Annual report on the mental hospital in the Central Provinces and Berar (Nagpur) - 1927-1951
Year: 1927
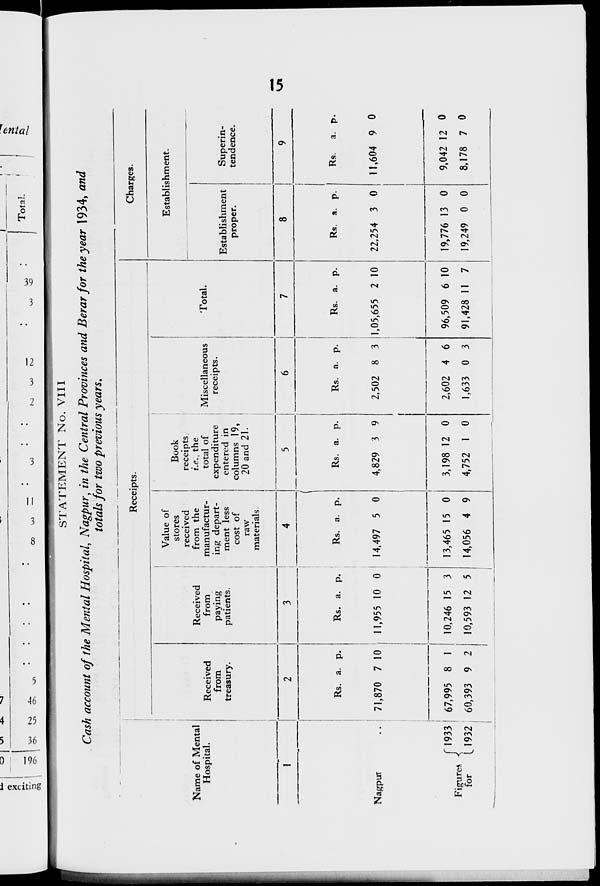
15
STATEMENT No. VIII
Cash account of the Mental Hospital, Nagpur, in the Central Provinces and Berar for the year 1934, and
totals for two previous years.
Name of Mental
Hospital.
1
Nagpur ..
Figures
for
1933
1932
Receipts.
Received
from
treasury.
2
Rs.
71,870
67,995
60,393
a.
7
8
9
p.
10
1
2
Received
from
paying
patients.
3
Rs.
11,955
10,246
10,593
a.
10
15
12
p.
0
3
5
Value of
stores
received
from the
manufactur-
ing depart-
ment less
cost of
raw
materials.
4
Rs.
14,497
13,465
14,056
a.
5
15
4
p.
0
0
9
Book
receipts,
i.e.. the
total of
expenditure
entered in
columns 19,
20 and 21.
5
Rs.
4,829
3,198
4,752
a.
3
12
1
p.
9
0
0
Miscellaneous receipts.
6
Rs.
2,502
2,602
1,633
a.
8
4
0
p.
3
6
3
Total.
7
Rs.
1,05,655
96,509
91,428
a.
2
6
11
p.
10
10
7
Charges.
Establishment.
Establishment
proper.
8
Rs.
22,254
19,776
19,249
a.
3
13
0
p.
0
0
0
Superin-
tendence.
9
Rs
11,604
9,042
8,178
a.
9
12
7
p.
0
0
0